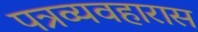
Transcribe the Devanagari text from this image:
पत्रव्यवहारास